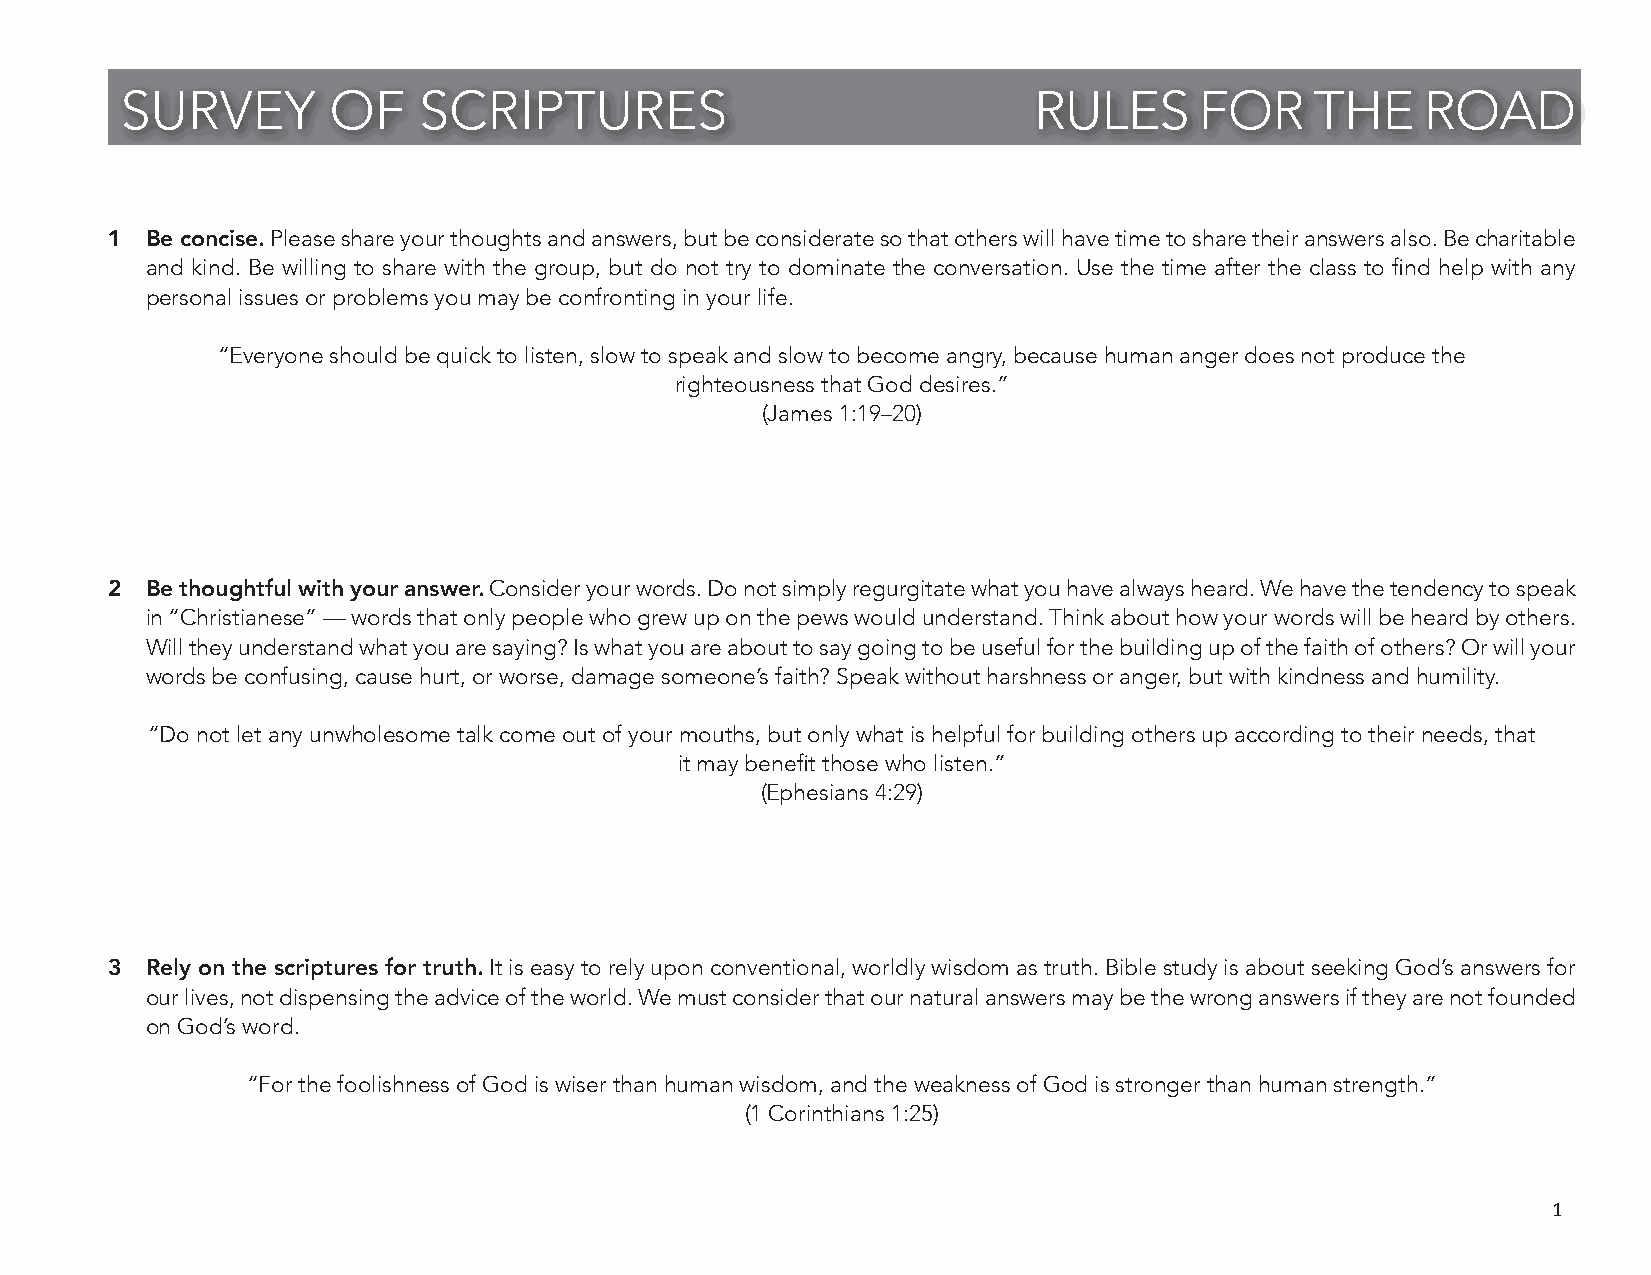
SURVEY        OF    SCRIPTURES                              RULES      FOR     THE    ROAD
 1  Be concise. Please share your thoughts and answers, but be considerate so that others will have time to share their answers also. Be charitable
 and kind. Be willing to share with the group, but do not try to dominate the conversation. Use the time after the class to find help with any
 personal issues or problems you may be confronting in your life.
 “Everyone should be quick to listen, slow to speak and slow to become angry, because human anger does not produce the
 righteousness that God desires.”
 (James 1:19–20)
 2  Be thoughtful with your answer. Consider your words. Do not simply regurgitate what you have always heard. We have the tendency to speak
 in “Christianese” — words that only people who grew up on the pews would understand. Think about how your words will be heard by others.
 Will they understand what you are saying? Is what you are about to say going to be useful for the building up of the faith of others? Or will your
 words be confusing, cause hurt, or worse, damage someone’s faith? Speak without harshness or anger, but with kindness and humility.
 “Do not let any unwholesome talk come out of your mouths, but only what is helpful for building others up according to their needs, that
 it may benefit those who listen.”
 (Ephesians 4:29)
 3  Rely on the scriptures for truth. It is easy to rely upon conventional, worldly wisdom as truth. Bible study is about seeking God’s answers for
 our lives, not dispensing the advice of the world. We must consider that our natural answers may be the wrong answers if they are not founded
 on God’s word.
 “For the foolishness of God is wiser than human wisdom, and the weakness of God is stronger than human strength.”
 (1 Corinthians 1:25)
 1